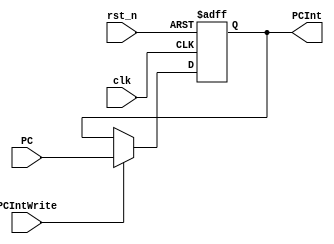
module PCInt(
    input clk,
    input rst_n,
    input PCIntWrite,
    input [31:0] PC,
    output reg [31:0] PCInt
    );

always @(posedge clk or negedge rst_n)
begin
    if (~rst_n)
        PCInt <= 32'h00000000;
    else begin if (PCIntWrite)
        PCInt <= PC;
    end
end
endmodule